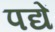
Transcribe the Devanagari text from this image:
पद्यें